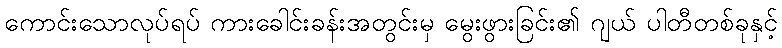
ကောင်းသောလုပ်ရပ် ကားခေါင်းခန်းအတွင်းမှ မွေးဖွားခြင်း၏ ဂျယ် ပါတီတစ်ခုနှင့်